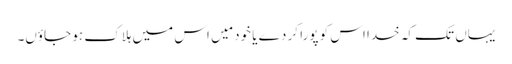
یہاں تک کہ خدا اس کو پورا کر دے یا خود مَیں اس میں ہلاک ہو جاؤں۔